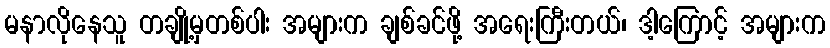
မနာလိုနေသူ တချို့မှတစ်ပါး အများက ချစ်ခင်ဖို့ အရေးကြီးတယ်၊ ဒါ့ကြောင့် အများက